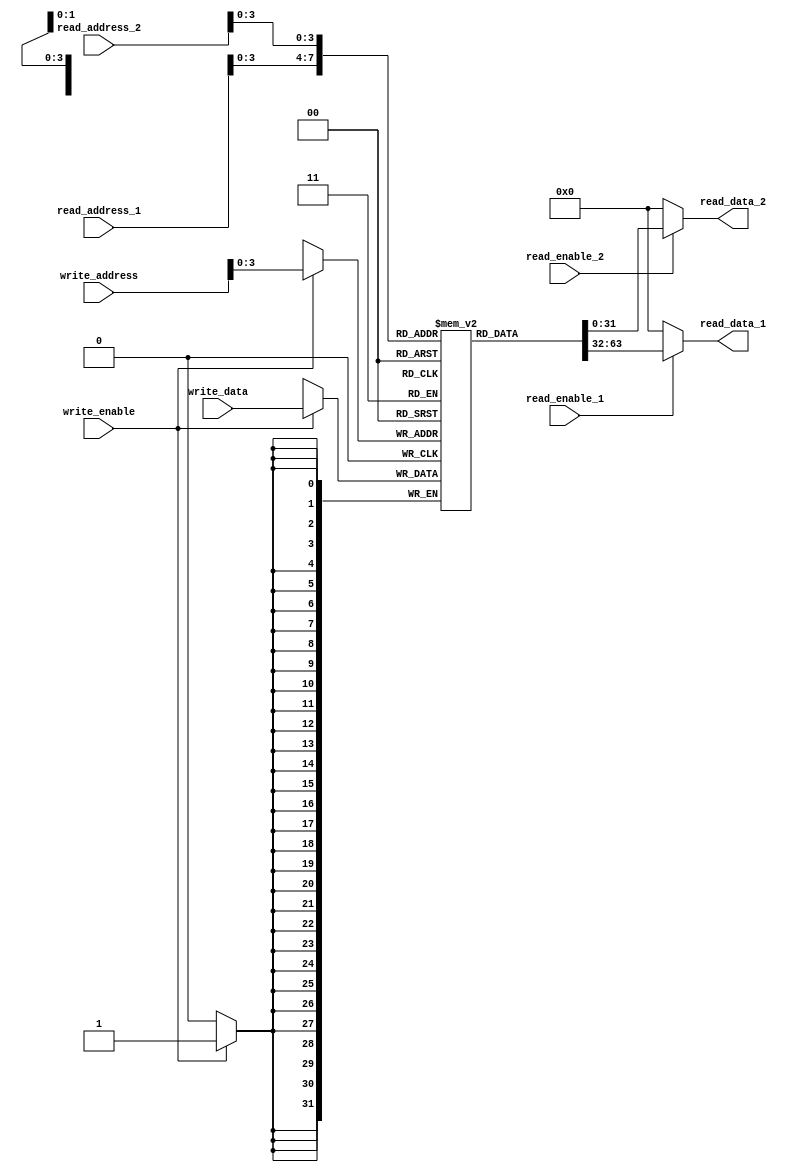
module dual_port_register_file
#(
    parameter NUM_REGISTERS = 16,
    parameter REG_WIDTH = 32
)
(
    input [NUM_REGISTERS-1:0] read_address_1,
    input [NUM_REGISTERS-1:0] read_address_2,
    input [NUM_REGISTERS-1:0] write_address,
    input [REG_WIDTH-1:0] write_data,
    input read_enable_1,
    input read_enable_2,
    input write_enable,
    output reg [REG_WIDTH-1:0] read_data_1,
    output reg [REG_WIDTH-1:0] read_data_2
);

reg [REG_WIDTH-1:0] registers [0:NUM_REGISTERS-1];

always @(*)
begin
    if(read_enable_1)
        read_data_1 = registers[read_address_1];
    else
        read_data_1 = 0;
end

always @(*)
begin
    if(read_enable_2)
        read_data_2 = registers[read_address_2];
    else
        read_data_2 = 0;
end

always @(posedge clk)
begin
    if(write_enable)
        registers[write_address] <= write_data;
end

endmodule